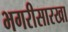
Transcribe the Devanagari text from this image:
भगरीसारखा